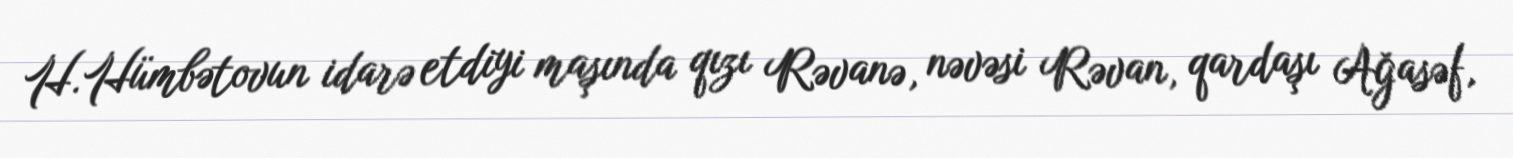
H.Hümbətovun idarə etdiyi maşında qızı Rəvanə, nəvəsi Rəvan, qardaşı Ağasəf,